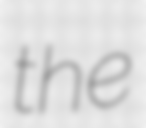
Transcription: the